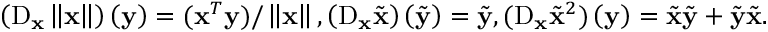
\left( \mathrm { D } _ { \mathbf { x } } \left\Vert \mathbf { x } \right\Vert \right) \left( \mathbf { y } \right) = ( \mathbf { x } ^ { T } \mathbf { y } ) / \left\Vert \mathbf { x } \right\Vert , \left( \mathrm { D } _ { \mathbf { x } } \tilde { \mathbf { x } } \right) \left( \tilde { \mathbf { y } } \right) = \tilde { \mathbf { y } } , ( \mathrm { D } _ { \mathbf { x } } \tilde { \mathbf { x } } ^ { 2 } ) \left( \mathbf { y } \right) = \tilde { \mathbf { x } } \tilde { \mathbf { y } } + \tilde { \mathbf { y } } \tilde { \mathbf { x } } .